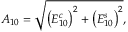
A _ { 1 0 } = \sqrt { \left( E _ { 1 0 } ^ { c } \right) ^ { 2 } + \left( E _ { 1 0 } ^ { s } \right) ^ { 2 } } ,